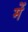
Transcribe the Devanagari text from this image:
मेेें